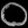
Digit: ၀